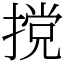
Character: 𫽮